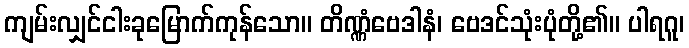
ကျမ်းလျှင်ငါးခုမြောက်ကုန်သော။ တိဏ္ဏံဗေဒါနံ၊ ဗေဒင်သုံးပုံတို့၏။ ပါရဂူ၊